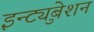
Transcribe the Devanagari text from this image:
इन्ट्युबेशन